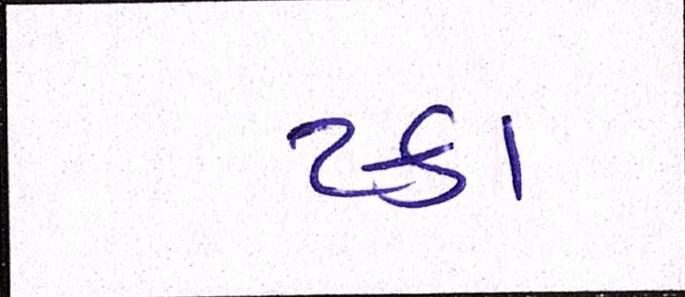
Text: ટકા